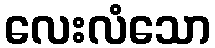
လေးလံသော